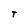
Character: T